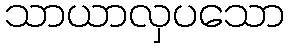
သာယာလှပသော